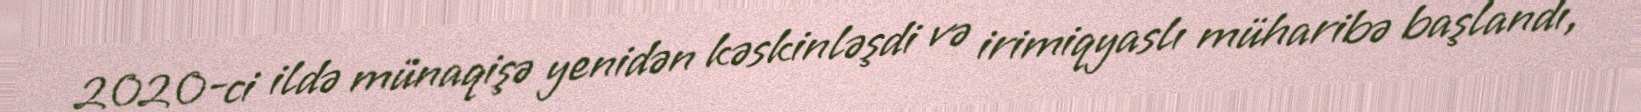
2020-ci ildə münaqişə yenidən kəskinləşdi və irimiqyaslı müharibə başlandı,